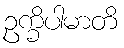
ဥက္ခိပါမာတိ